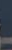
.